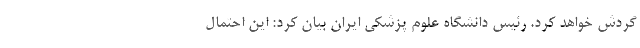
گردش خواهد کرد. رئیس دانشگاه علوم پزشکی ایران بیان کرد: این احتمال